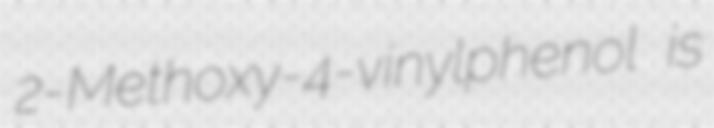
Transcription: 2-Methoxy-4-vinylphenol is